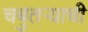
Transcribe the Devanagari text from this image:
चबुतऱ्याची